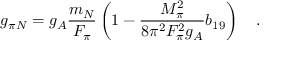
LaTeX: g _ { \pi N } = g _ { A } \frac { m _ { N } } { F _ { \pi } } \left( 1 - \frac { M _ { \pi } ^ { 2 } } { 8 \pi ^ { 2 } F _ { \pi } ^ { 2 } g _ { A } } b _ { 1 9 } \right) \quad .